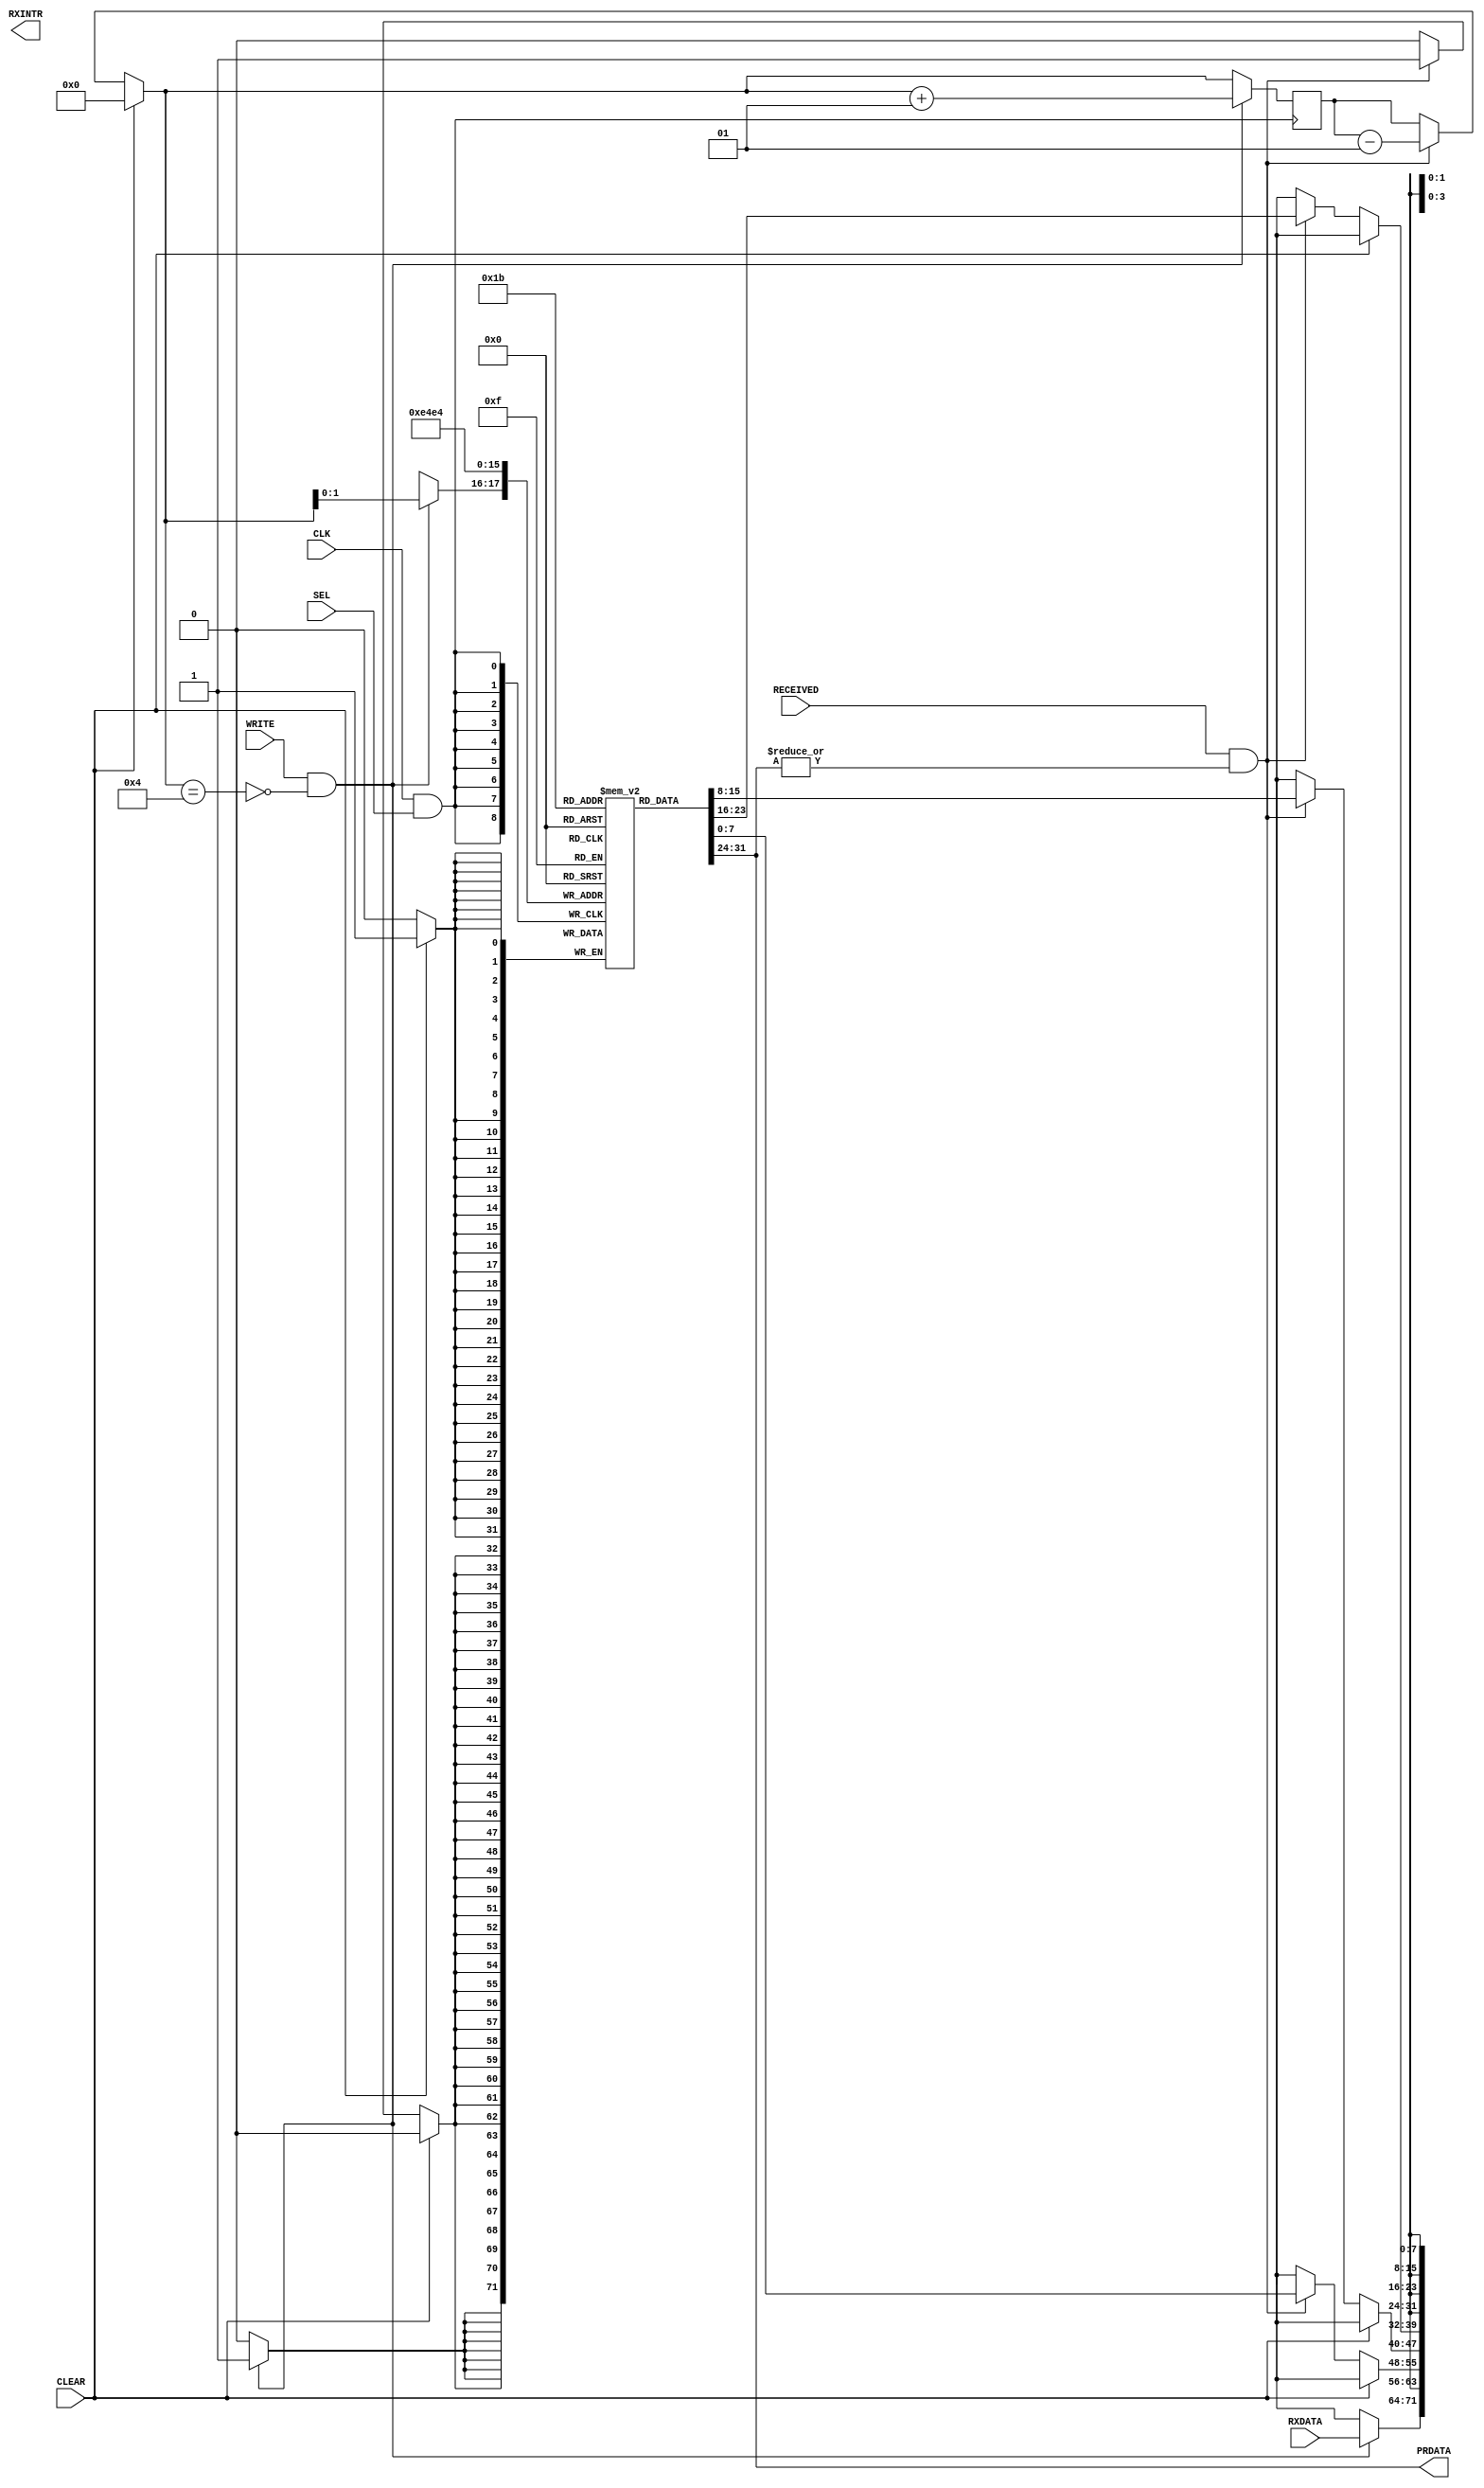
module RXFIFO (PRDATA, RXINTR,
              RXDATA, CLEAR, CLK, SEL, WRITE, RECEIVED);
  input[7:0] RXDATA;
  input CLEAR, CLK, SEL, WRITE, RECEIVED;
  output RXINTR;
  output[7:0] PRDATA;
  reg[7:0] RX_mem[0:3];
  wire EMPTY;
  assign PRDATA = RX_mem[0];
  assign EMPTY = ~(|RX_mem[0]);
  integer rx_count;
  assign TXINTR = (rx_count == 4);
  initial begin
    rx_count = 0;
  end
  always @ (posedge CLK & SEL )
  begin
    if(CLEAR)
      begin
        RX_mem[0] <= 8'bx;
        RX_mem[1] <= 8'bx;
        RX_mem[2] <= 8'bx;
        RX_mem[3] <= 8'bx;
        rx_count = 0;
      end
    else
      if(RECEIVED & ~EMPTY)
        begin
          RX_mem[0] <= RX_mem[1];
          RX_mem[1] <= RX_mem[2];
          RX_mem[2] <= RX_mem[3];
          RX_mem[3] <= 8'bx;
          rx_count = rx_count - 1;
        end
      if(WRITE & ~(rx_count == 4))
        begin
          RX_mem[rx_count] <= RXDATA;
          rx_count = rx_count + 1;
        end
      else
        $display("incorrect inputs, doing nothing");
  end
  initial
    $monitor("rxfifo time = %d, %b %b %b %b %b",$time, RX_mem[3], RX_mem[2], RX_mem[1], RX_mem[0], RXINTR);
endmodule //RXFIF0